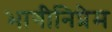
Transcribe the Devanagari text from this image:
भागीनिप्रेम